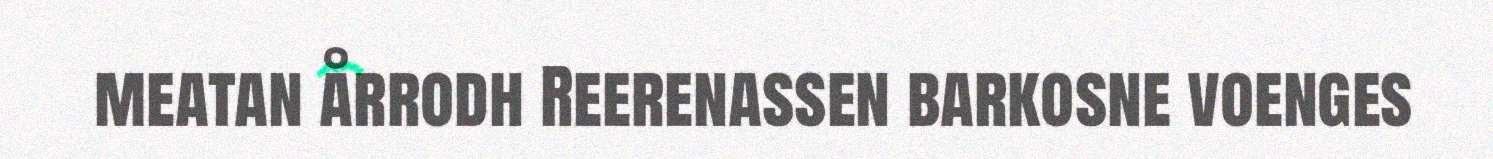
meatan årrodh Reerenassen barkosne voenges